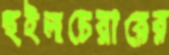
হুইলচেয়ারের